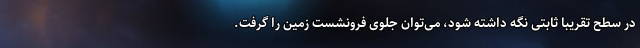
در سطح تقریبا ثابتی نگه داشته شود، می‌توان جلوی فرونشست زمین را گرفت.